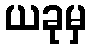
ယခုမှ